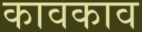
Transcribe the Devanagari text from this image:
कावकाव